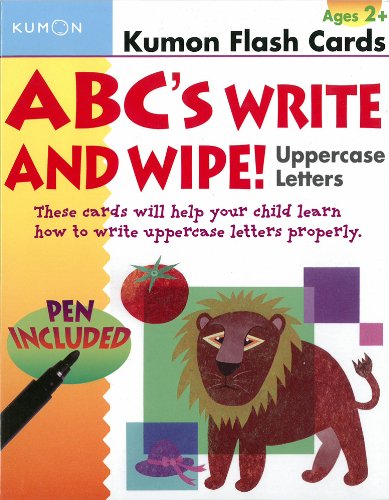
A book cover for ABCs Uppercase Write & Wipe Flash Cards (Kumon Flash Cards); Kumon Publishing North America; Test Preparation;